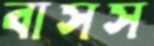
বাসস